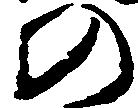
の